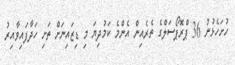
ހުށަހެޅުނު 36 ޕްރޮޕޯސަލްގެ ތެރެއިން އެންމެ ކަމުދިޔަ މި ޑިޒައިނަށް ތަށި ހަދާފައިވާއިރު